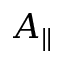
A _ { \parallel }